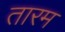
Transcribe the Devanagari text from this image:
तारम